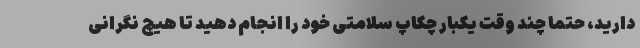
دارید، حتما چند وقت یکبار چکاپ سلامتی خود را انجام دهید تا هیچ نگرانی